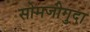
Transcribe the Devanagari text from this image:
सोमजीगुदा